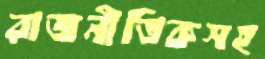
রাজনীতিকসহ